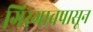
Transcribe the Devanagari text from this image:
गिरगावपासून